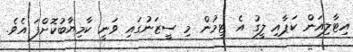
އިޓާލިއަން ކަޕާއި ލީގު އެ ޓީމުން މި ސީޒަނުގައި ވަނީ ކާމިޔާބުކޮށްފަ އެވެ.